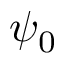
\psi _ { 0 }